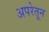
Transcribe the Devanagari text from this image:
अपरेतून